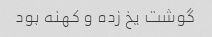
گوشت یخ زده و کهنه بود